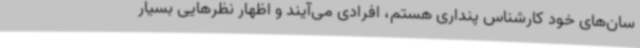
سان‌های خود کارشناس پنداری هستم، افرادی می‌آیند و اظهار نظرهایی بسیار